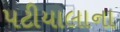
પટીયાલાના